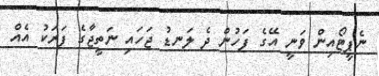
ނެޕީޓޯޯއިން ވަނީ އޭގެ ފަހުން ދެ ލަނޑު ޖަހައި ނަތީޖާގެ ފަރަކު އެއް